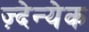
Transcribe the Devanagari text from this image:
ज़्देन्येक